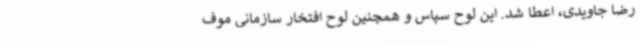
رضا جاویدی، اعطا شد. این لوح سپاس و همچنین لوح افتخار سازمانی موف